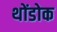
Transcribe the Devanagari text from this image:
थोंडोक